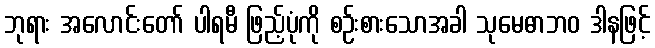
ဘုရား အလောင်းတော် ပါရမီ ဖြည့်ပုံကို စဉ်းစားသောအခါ သုမေဓာဘဝ ဒါနဖြင့်